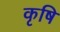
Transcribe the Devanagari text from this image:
कृषि